Insane asylums in Bengal annual reports 1867-1875 - 1867-1875
Year: 1867
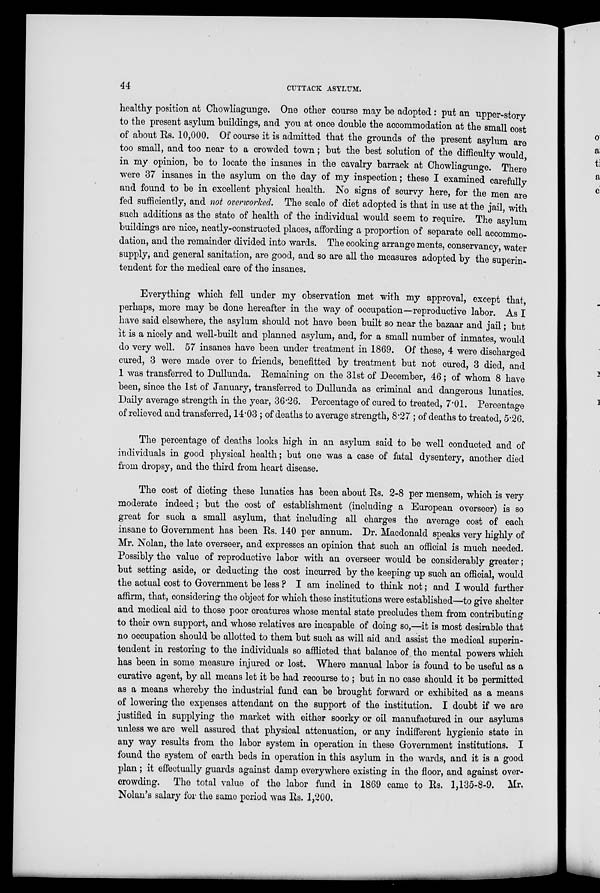
44
CUTTACK ASYLUM.
healthy position at Chowliagunge. One other course may be adopted : put an upper-story
to the present asylum buildings, and you at once double the accommodation at the small cost
of about Rs. 10,000. Of course it is admitted that the grounds of the present asylum are
too small, and too near to a crowded town ; but the best solution of the difficulty would,
in my opinion, be to locate the insanes in the cavalry barrack at Chowliagunge. There
were 37 insanes in the asylum on the day of my inspection; these I examined carefully
and found to be in excellent physical health. No signs of scurvy here, for the men are
fed sufficiently, and not overworked. The scale of diet adopted is that in use at the jail, with
such additions as the state of health of the individual would seem to require. The asylum
buildings are nice, neatly-constructed places, affording a proportion of separate cell accommo-
dation, and the remainder divided into wards. The cooking arrange ments, conservancy, water
supply, and general sanitation, are good, and so are all the measures adopted by the superin-
tendent for the medical care of the insanes.
Everything which fell under my observation met with my approval, except that,
perhaps, more may be done hereafter in the way of occupation—reproductive labor. As I
have said elsewhere, the asylum should not have been built so near the bazaar and jail ; but
it is a nicely and well-built and planned asylum, and, for a small number of inmates, would
do very well. 57 insanes have been under treatment in 1869. Of these, 4 were discharged
cured, 3 were made over to friends, benefitted by treatment but not cured, 3 died, and
1 was transferred to Dullunda. Remaining on the 31st of December, 46 ; of whom 8 have
been, since the 1st of January, transferred to Dullunda as criminal and dangerous lunatics.
Daily average strength in the year, 36.26. Percentage of cured to treated, 7.01. Percentage
of relieved and transferred, 14.03 ; of deaths to average strength, 8.27; of deaths to treated, 5.26.
The percentage of deaths looks high in an asylum said to be well conducted and of
individuals in good physical health; but one was a case of fatal dysentery, another died
from dropsy, and the third from heart disease.
The cost of dieting these lunatics has been about Rs. 2-8 per mensem, which is very
moderate indeed ; but the cost of establishment (including a European overseer) is so
great for such a small asylum, that including all charges the average cost of each
insane to Government has been Rs. 140 per annum. Dr. Macdonald speaks very highly of
Mr. Nolan, the late overseer, and expresses an opinion that such an official is much needed.
Possibly the value of reproductive labor with an overseer would be considerably greater ;
but setting aside, or deducting the cost incurred by the keeping up such an official, would
the actual cost to Government be less ? I am inclined to think not ; and I would further
affirm, that, considering the object for which these institutions were established—to give shelter
and medical aid to those poor creatures whose mental state precludes them from contributing
to their own support, and whose relatives are incapable of doing so,—it is most desirable that
no occupation should be allotted to them but such as will aid and assist the medical superin-
tendent in restoring to the individuals so afflicted that balance of the mental powers which
has been in some measure injured or lost. Where manual labor is found to be useful as a
curative agent, by all means let it be had recourse to ; but in no case should it be permitted
as a means whereby the industrial fund can be brought forward or exhibited as a means
of lowering the expenses attendant on the support of the institution. I doubt if we are
justified in supplying the market with either soorky or oil manufactured in our asylums
unless we are well assured that physical attenuation, or any indifferent hygienic state in
any way results from the labor system in operation in these Government institutions. I
found the system of earth beds in operation in this asylum in the wards, and it is a good
plan ; it effectually guards against damp everywhere existing in the floor, and against over-
crowding. The total value of the labor fund in 1869 came to Rs. 1,135-8-9. Mr.
Nolan's salary for the same period was Rs. 1,200.